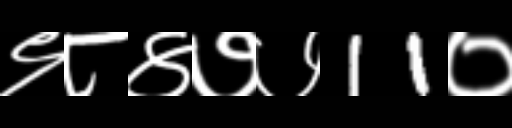
Text: ९८४७७11०